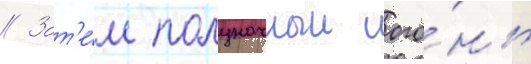
// Зат'е́м полуночныи ого́нь